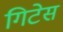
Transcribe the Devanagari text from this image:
गिटेस